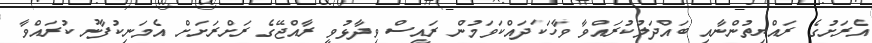
އެރަށުގެ ރައްޔިތުންނާއި ބައްދަލުކުރައްވާ ވާހަކަދައްކަވަމުން ރައީސް ވިދާޅުވީ ރާއްޖޭގެ ރަށްރަށަށް އެމަނިކުފާނު ކުރައްވާ